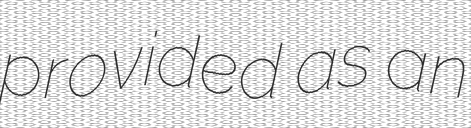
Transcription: provided as an